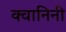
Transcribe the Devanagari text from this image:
क्वानिनी